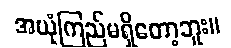
အယုံကြည်မရှိတော့ဘူး။